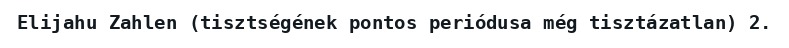
Elijahu Zahlen (tisztségének pontos periódusa még tisztázatlan) 2.